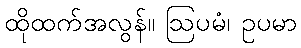
ထိုထက်အလွန်။ ဩပမံ၊ ဥပမာ